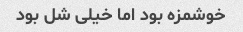
خوشمزه بود اما خیلی شل بود